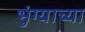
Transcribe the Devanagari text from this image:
भुंग्याच्या